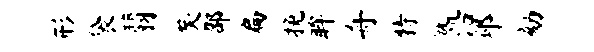
形袋翡矣邵扁挽眸舟特做沿邳劾